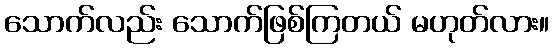
သောက်လည်း သောက်ဖြစ်ကြတယ် မဟုတ်လား။